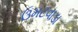
ઉમટવાડા